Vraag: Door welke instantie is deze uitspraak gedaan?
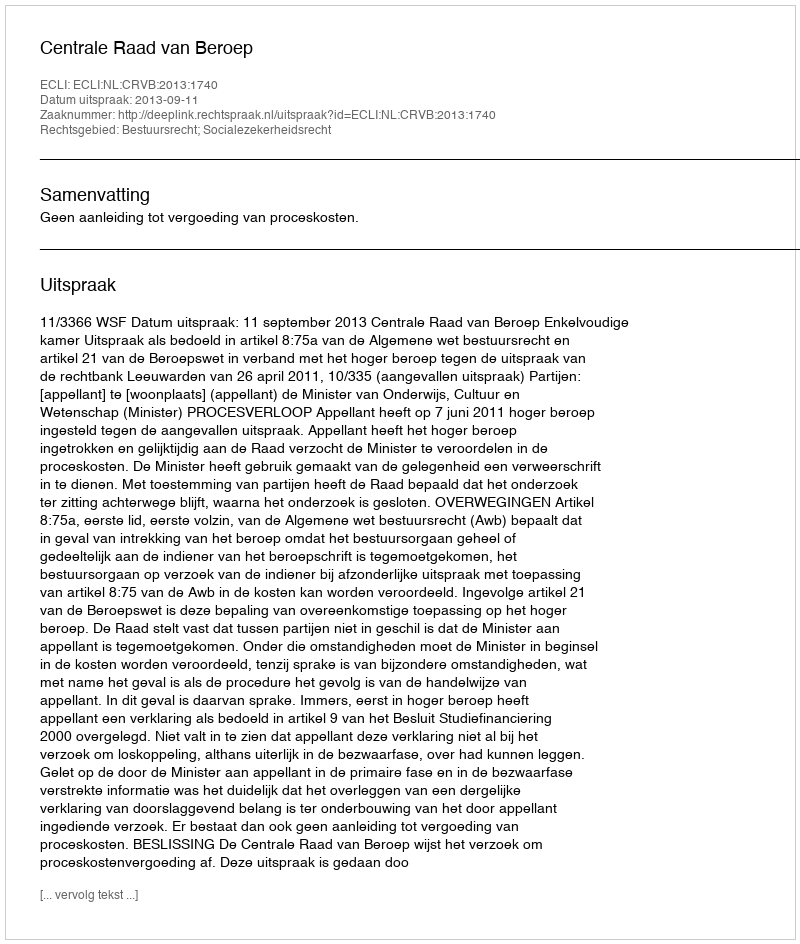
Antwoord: Centrale Raad van Beroep